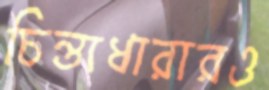
চিন্তাধারারও